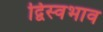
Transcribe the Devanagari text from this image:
द्विस्‍वभाव